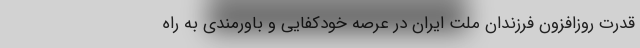
قدرت روزافزون فرزندان ملت ایران در عرصه خودکفایی و باورمندی به راه